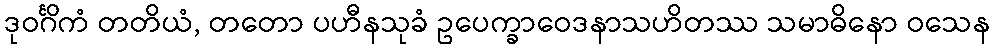
ဒုဝင်္ဂိကံ တတိယံ, တတော ပဟီနသုခံ ဥပေက္ခာဝေဒနာသဟိတဿ သမာဓိနော ဝသေန